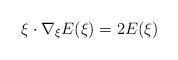
LaTeX: \begin{align*}\xi \cdot \nabla_\xi E(\xi) = 2 E(\xi) \end{align*}